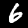
Digit: 6